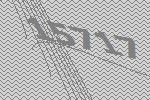
15717